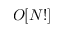
O [ N ! ]